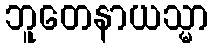
ဘူတေနာယသ္မာ